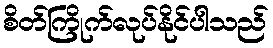
စိတ်ကြိုက်လုပ်နိုင်ပါသည်